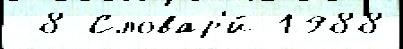
 8 Словар'и́ 1988